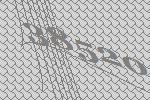
38520